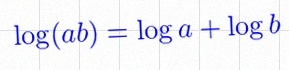
\log(ab)=\log a+\log b